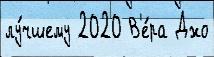
лу́чшему 2020 В'е́ра Джо